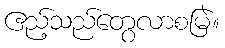
ဧည့်သည်တွေလာစမြဲ။